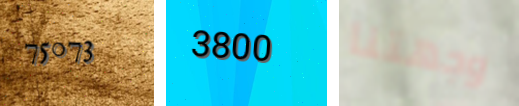
75073 3800 وجهتنا